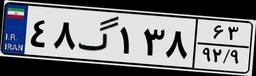
۴۸گ۱۳۸۶۳